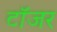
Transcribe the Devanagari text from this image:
टॉजर